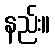
နည်း။